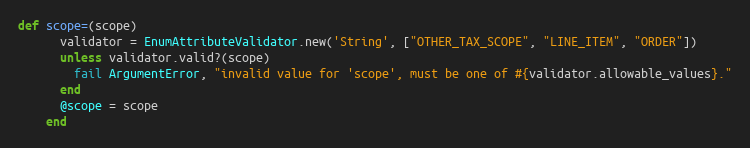
Language: Ruby
def scope=(scope)
      validator = EnumAttributeValidator.new('String', ["OTHER_TAX_SCOPE", "LINE_ITEM", "ORDER"])
      unless validator.valid?(scope)
        fail ArgumentError, "invalid value for 'scope', must be one of #{validator.allowable_values}."
      end
      @scope = scope
    end